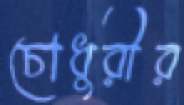
চোধুরীর